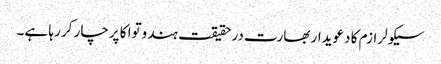
سیکولرازم کا دعویدار بھارت درحقیقت ہندوتوا کا پرچار کر رہا ہے۔